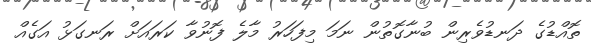
ތޮއްޑުގެ ދަނޑުވެރިން ބުނާގޮތުން ނަމަ މިފަހަރު މާލެ ފޮނުވާ ކަރައަށް ރަނގަޅު އަގެއް